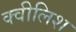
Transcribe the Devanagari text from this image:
क्वीलिश